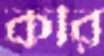
করি